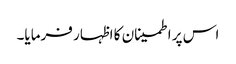
اس پر اطمینان کا اظہار فرمایا۔